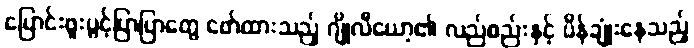
ပြောင်းဖူးပွင့်ပြာပြာတွေ ဖော်ထားသည့် ဂျိုလီယော့၏ လည်စည်းနှင့် ပိန်ချုံးနေသည့်